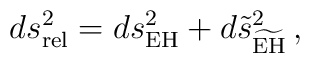
ds_{\mathrm{rel}}^2=ds_{\mathrm{EH}}^2 +d\tilde{s}^2_{\widetilde{\mathrm{EH}}}\,,